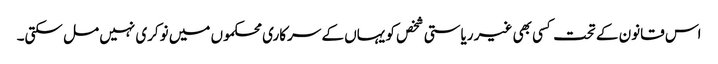
اس قانون کے تحت کسی بھی غیر ریاستی شخص کو یہاں کے سرکاری محکموں میں نوکری نہیں مل سکتی۔